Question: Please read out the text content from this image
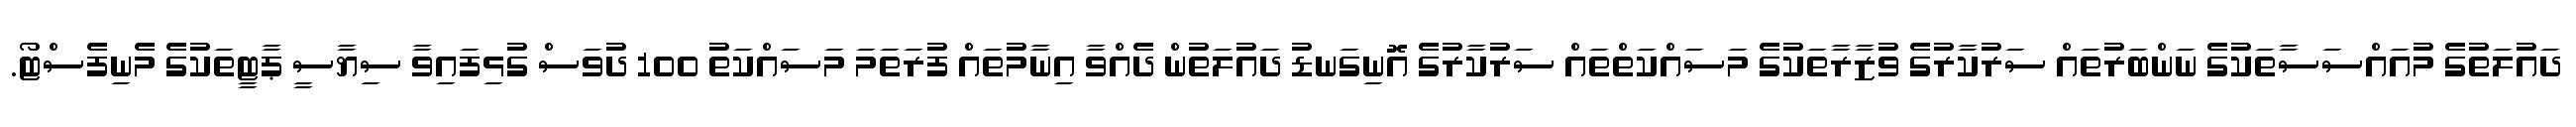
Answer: ދައުލަތުގެ މުއައްސަސާތަކުގެ ނަންބަރުތައް ސަރުކާރުގެ ވުޒާރާތަކުގެ މަސައްކަތްތައް ސަރުކާރުގެ އޮނިގަނޑު ދައުލަތުން ދެއްވާ އިނާމުތައް ފުރަތަމަ މަސައްކަތު 100 ދުވަސް ގުޅިފައިވާ ސިޔާސީ ޕާޓީތަކުގެ މެނިފެސްޓޯ.